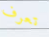
تعرف